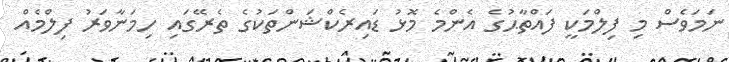
ނަމަވެސް މި ފިލްމަކީ ފައްތާޙުގެ އެންމެ މޮޅު ޑައިރެކްޝަންތަކުގެ ތެރޭގައި ހިމަނާވަރު ފިލްމެއް